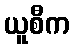
ယူစီက